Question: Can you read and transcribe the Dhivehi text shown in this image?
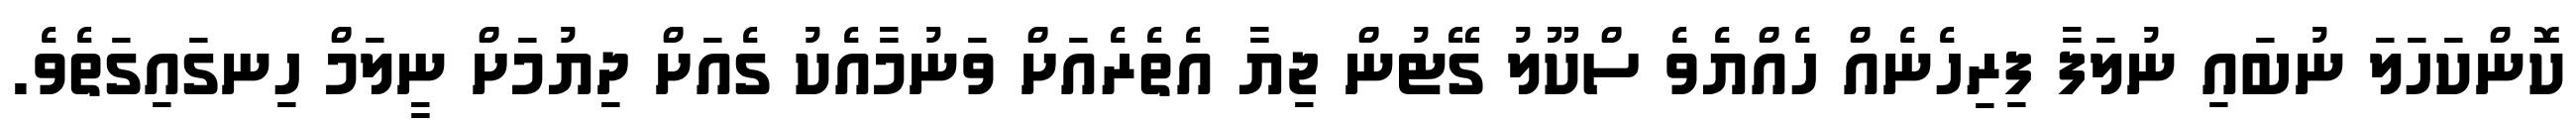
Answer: ކޮންކަހަލަ ނުބައި ނުލަފާ ފިރިހެނެއް ހެއްޔެވެ ސްކޫލު ގޭޓުން ޖިޔާ އެތެރެއަށް ވަނުމާއެކު ގެއަށް ދިޔުމަށް ނީލަމް ހިނގައިގަތެވެ.